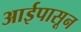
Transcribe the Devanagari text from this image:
आईपासून